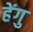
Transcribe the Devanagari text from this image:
हेंगु